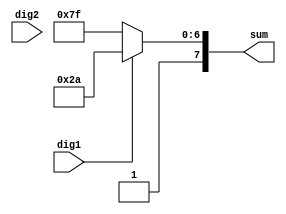
`timescale 1ns / 1ps
//////////////////////////////////////////////////////////////////////////////////
// Company: 
// Engineer: 
// 
// Design Name: 
// Module Name:    sumModule 
// Project Name: 
// Target Devices: 
// Tool versions: 
// Description: 
//
// Dependencies: 
//
// Revision: 
// Revision 0.01 - File Created
// Additional Comments: 
//
//////////////////////////////////////////////////////////////////////////////////
module sumModule(
    input dig1,
    input dig2,
    output [7:0] sum 
    );
	 reg  reg_dig1;
	 reg [7:0] reg_sum;
	 always@(*)begin
	 reg_dig1 = dig1;
		if (reg_dig1 == 1)
			reg_sum = 8'b10101010;
		else
			reg_sum = 8'b11111111;
		
	 end
	 
	 
	 assign sum = reg_sum;
	//assign sum [7:0] = dig1 + dig2;
	 


endmodule